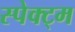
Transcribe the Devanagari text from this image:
स्पेक्ट्म